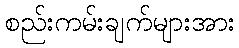
စည်းကမ်းချက်များအား